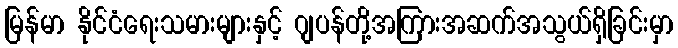
မြန်မာ နိုင်ငံရေးသမားများနှင့် ဂျပန်တို့အကြားအဆက်အသွယ်ရှိခြင်းမှာ